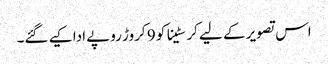
اس تصویر کے لیے کرسٹینا کو 9 کروڑ روپے ادا کیے گئے۔